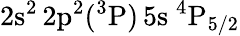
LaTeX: \mathrm{2s^{2}\, 2p^{2}(^{3}P)\, 5s~^{4}P_{5/2}}